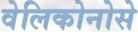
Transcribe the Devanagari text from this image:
वेलिकोनोसे